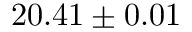
2 0 . 4 1 \pm 0 . 0 1